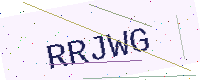
Text: RRJWG